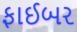
ફાઈબર